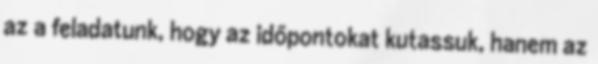
az a feladatunk, hogy az időpontokat kutassuk, hanem az